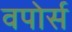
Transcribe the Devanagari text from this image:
वपोर्स